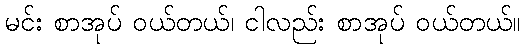
မင်း စာအုပ် ဝယ်တယ်၊ ငါလည်း စာအုပ် ဝယ်တယ်။